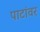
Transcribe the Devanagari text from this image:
पाटांवर